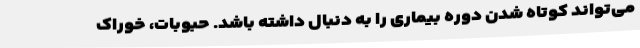
می‌تواند کوتاه شدن دوره بیماری را به دنبال داشته باشد. حبوبات، خوراک